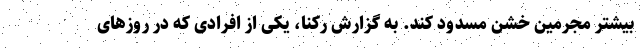
بیشتر مجرمین خشن مسدود کند. به گزارش رکنا، یکی از افرادی که در روزهای